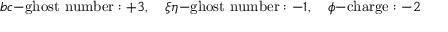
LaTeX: b c \mathrm { - g h o s t ~ n u m b e r } : + 3 , \quad \xi \eta \mathrm { - g h o s t ~ n u m b e r } : - 1 , \quad \phi \mathrm { - c h a r g e } : - 2